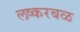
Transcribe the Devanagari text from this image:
लष्करबळ